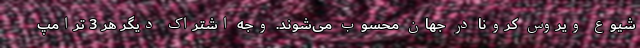
شیوع ویروس کرونا در جهان محسوب می‌شوند. وجه اشتراک دیگر هر 3 ترامپ